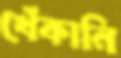
খেঁকানি